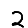
Digit: 2